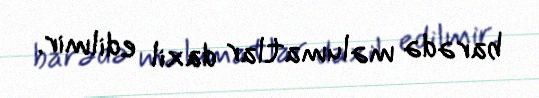
barədə məlumatlar daxil edilmir.